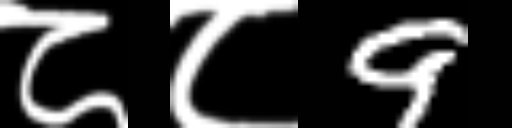
Text: ८८9